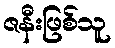
ဇနီးဖြစ်သူ